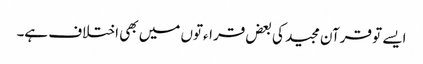
ایسے تو قرآن مجید کی بعض قراءتوں میں بھی اختلاف ہے۔